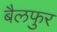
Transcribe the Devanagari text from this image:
बैलफुर